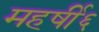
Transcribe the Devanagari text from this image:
महर्षी६